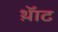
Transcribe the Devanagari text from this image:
थ़ॅाट